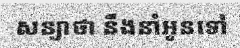
សន្យាថា នឹងនាំអូនទៅ